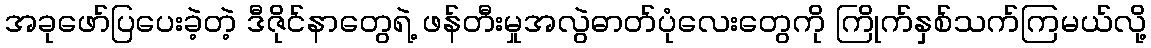
အခုဖော်ပြပေးခဲ့တဲ့ ဒီဇိုင်နာတွေရဲ့ ဖန်တီးမှုအလွဲဓာတ်ပုံလေးတွေကို ကြိုက်နှစ်သက်ကြမယ်လို့